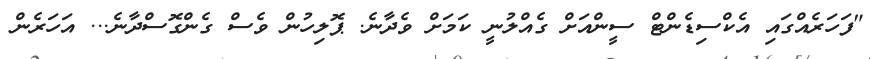
"ފަހަރެއްގައި އެކްސިޑެންޓް ސީންއަށް ގެއްލުނީ ކަމަށް ވެދާނެ. ޕޮލިހުން ވެސް ގެންގޮސްދާނެ... އަހަރެން